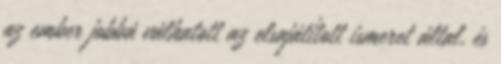
az ember jobbá válhatott az elsajátított ismeret által, és